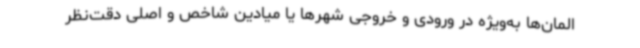
المان‌ها به‌ویژه در ورودی و خروجی شهرها یا میادین شاخص و اصلی دقت‌نظر